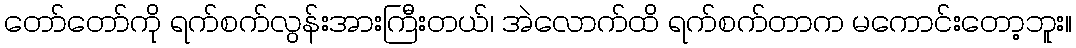
တော်တော်ကို ရက်စက်လွန်းအားကြီးတယ်၊ အဲလောက်ထိ ရက်စက်တာက မကောင်းတော့ဘူး။